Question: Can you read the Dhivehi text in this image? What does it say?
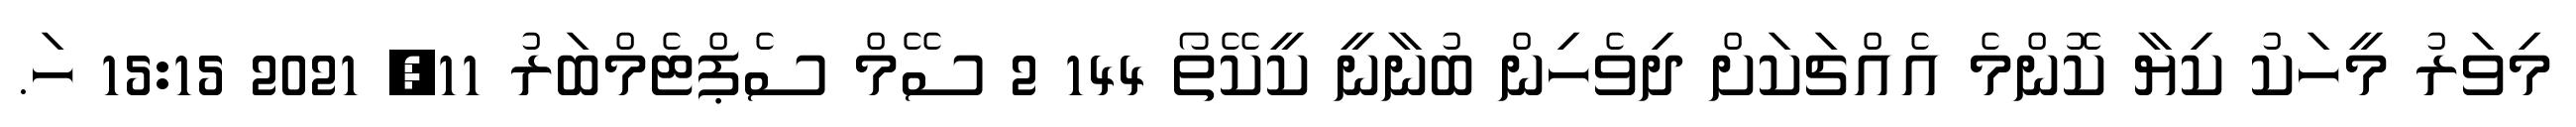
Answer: މިވަރު މީހަކު ކިޔާ ކޮންމެ އެއްޗަކަށް ދިވެހިން ބުނާނީ ކީކޭތޯ 144 2 ސޭމް ސެޕްޓެމްބަރު 11, 2021 15:15 ހަ.